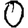
Digit: 0